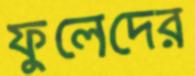
ফুলেদের